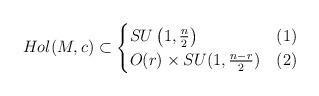
LaTeX: \begin{align*}Hol(M,c) \subset \begin{cases} SU \left(1,\frac{n}{2}\right) & (1) \\ O(r) \times SU(1,\frac{n-r}{2}) & (2)\end{cases}\end{align*}